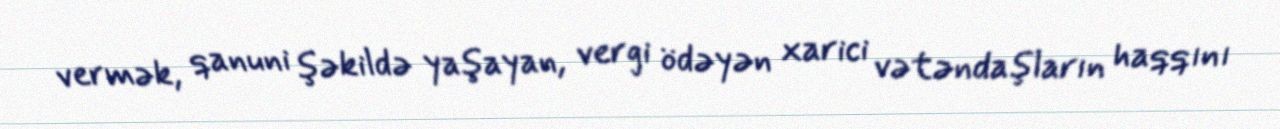
vermək, qanuni şəkildə yaşayan, vergi ödəyən xarici vətəndaşların haqqını